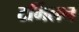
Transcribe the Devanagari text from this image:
टर्मिलन